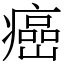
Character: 癌